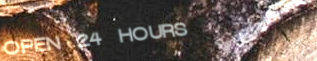
OPEN 24 HOURS